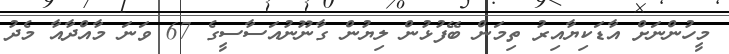
މީހުންނަށް އާޑަކިޔާއިރު ތިމަން ބޭފުޅުން ލިޔުން ގާނޫނުއަސާސީގެ 67 ވަނަ މާއްދާއާ މެދު